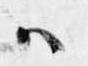
ハ